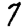
Digit: 7